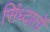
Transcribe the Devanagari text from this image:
सिंध्दातों